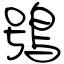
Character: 鴞